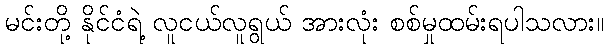
မင်းတို့ နိုင်ငံရဲ့ လူငယ်လူရွယ် အားလုံး စစ်မှုထမ်းရပါသလား။